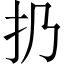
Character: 扔